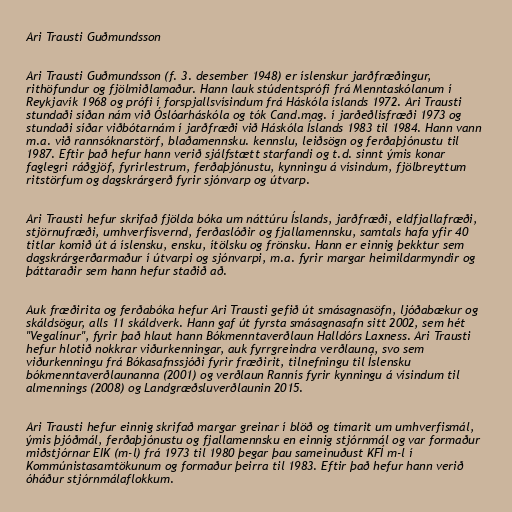
Ari Trausti Guðmundsson

Ari Trausti Guðmundsson (f. 3. desember 1948) er íslenskur jarðfræðingur,
rithöfundur og fjölmiðlamaður. Hann lauk stúdentsprófi frá Menntaskólanum í
Reykjavík 1968 og prófi í forspjallsvísindum frá Háskóla íslands 1972. Ari Trausti
stundaði síðan nám við Óslóarháskóla og tók Cand.mag. í jarðeðlisfræði 1973 og
stundaði síðar viðbótarnám í jarðfræði við Háskóla Íslands 1983 til 1984. Hann vann
m.a. við rannsóknarstörf, blaðamennsku. kennslu, leiðsögn og ferðaþjónustu til
1987. Eftir það hefur hann verið sjálfstætt starfandi og t.d. sinnt ýmis konar
faglegri ráðgjöf, fyrirlestrum, ferðaþjónustu, kynningu á vísindum, fjölbreyttum
ritstörfum og dagskrárgerð fyrir sjónvarp og útvarp.

Ari Trausti hefur skrifað fjölda bóka um náttúru Íslands, jarðfræði, eldfjallafræði,
stjörnufræði, umhverfisvernd, ferðaslóðir og fjallamennsku, samtals hafa yfir 40
titlar komið út á íslensku, ensku, ítölsku og frönsku. Hann er einnig þekktur sem
dagskrárgerðarmaður í útvarpi og sjónvarpi, m.a. fyrir margar heimildarmyndir og
þáttaraðir sem hann hefur staðið að.

Auk fræðirita og ferðabóka hefur Ari Trausti gefið út smásagnasöfn, ljóðabækur og
skáldsögur, alls 11 skáldverk. Hann gaf út fyrsta smásagnasafn sitt 2002, sem hét
"Vegalínur", fyrir það hlaut hann Bókmenntaverðlaun Halldórs Laxness. Ari Trausti
hefur hlotið nokkrar viðurkenningar, auk fyrrgreindra verðlauna, svo sem
viðurkenningu frá Bókasafnssjóði fyrir fræðirit, tilnefningu til Íslensku
bókmenntaverðlaunanna (2001) og verðlaun Rannís fyrir kynningu á vísindum til
almennings (2008) og Landgræðsluverðlaunin 2015.

Ari Trausti hefur einnig skrifað margar greinar í blöð og tímarit um umhverfismál,
ýmis þjóðmál, ferðaþjónustu og fjallamennsku en einnig stjórnmál og var formaður
miðstjórnar EIK (m-l) frá 1973 til 1980 þegar þau sameinuðust KFÍ m-l í
Kommúnistasamtökunum og formaður þeirra til 1983. Eftir það hefur hann verið
óháður stjórnmálaflokkum.